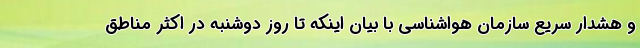
و هشدار سریع سازمان هواشناسی با بیان اینکه تا روز دوشنبه در اکثر مناطق